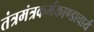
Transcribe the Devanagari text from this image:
तंत्रमंत्रकर्मकाण्डाचार्य